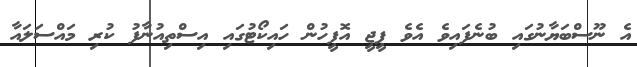
އެ ނޫސްބަޔާނުގައި ބުނެފައިވެ އެވެ ޕީޖީ އޮފީހުން ހައިކޯޓުގައި އިސްތިއުނާފު ކުރި މައްސަލައާ